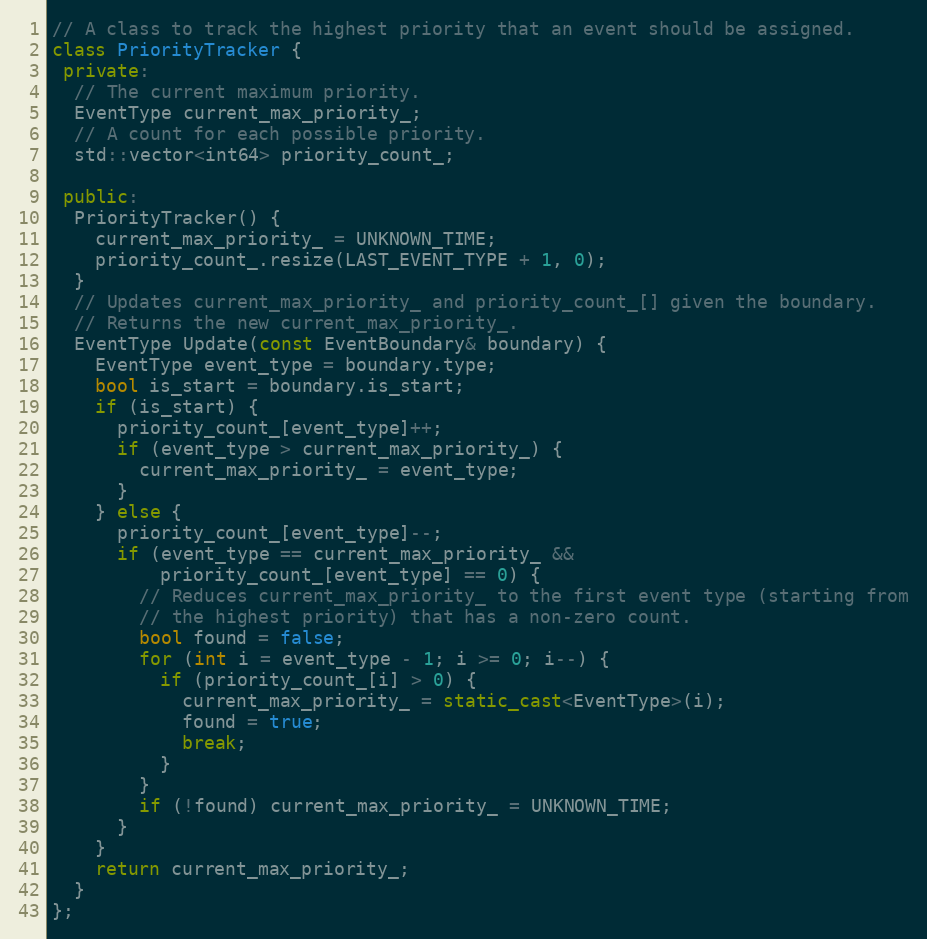
Language: C++
// A class to track the highest priority that an event should be assigned.
class PriorityTracker {
 private:
  // The current maximum priority.
  EventType current_max_priority_;
  // A count for each possible priority.
  std::vector<int64> priority_count_;

 public:
  PriorityTracker() {
    current_max_priority_ = UNKNOWN_TIME;
    priority_count_.resize(LAST_EVENT_TYPE + 1, 0);
  }
  // Updates current_max_priority_ and priority_count_[] given the boundary.
  // Returns the new current_max_priority_.
  EventType Update(const EventBoundary& boundary) {
    EventType event_type = boundary.type;
    bool is_start = boundary.is_start;
    if (is_start) {
      priority_count_[event_type]++;
      if (event_type > current_max_priority_) {
        current_max_priority_ = event_type;
      }
    } else {
      priority_count_[event_type]--;
      if (event_type == current_max_priority_ &&
          priority_count_[event_type] == 0) {
        // Reduces current_max_priority_ to the first event type (starting from
        // the highest priority) that has a non-zero count.
        bool found = false;
        for (int i = event_type - 1; i >= 0; i--) {
          if (priority_count_[i] > 0) {
            current_max_priority_ = static_cast<EventType>(i);
            found = true;
            break;
          }
        }
        if (!found) current_max_priority_ = UNKNOWN_TIME;
      }
    }
    return current_max_priority_;
  }
};